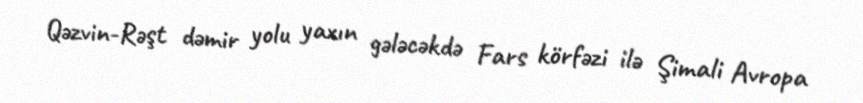
Qəzvin-Rəşt dəmir yolu yaxın gələcəkdə Fars körfəzi ilə Şimali Avropa